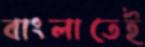
বাংলাতেই